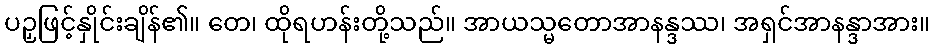
ပဉှဖြင့်နှိုင်းချိန်၏။ တေ၊ ထိုရဟန်းတို့သည်။ အာယသ္မတောအာနန္ဒဿ၊ အရှင်အာနန္ဒာအား။